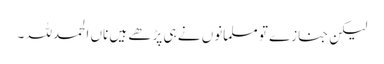
لیکن جنازے تو مسلمانوں نے ہی پڑھے ہیں ناں الحمدللہ ۔